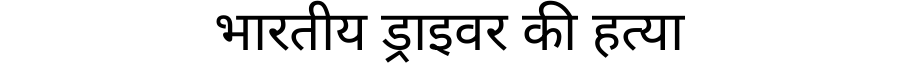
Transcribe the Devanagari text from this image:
भारतीय ड्राइवर की हत्या